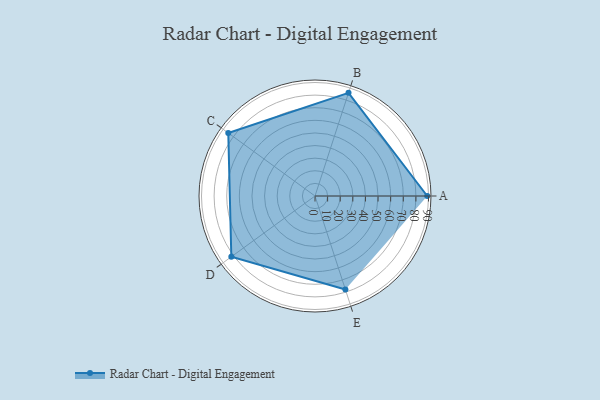
{"axis": {"x": "Skill", "y": "Score"}, "legend": ["Profile"], "data": [{"x": "A", "y": 89.0, "type": "Profile"}, {"x": "B", "y": 86.0, "type": "Profile"}, {"x": "C", "y": 85.0, "type": "Profile"}, {"x": "D", "y": 82.0, "type": "Profile"}, {"x": "E", "y": 78.0, "type": "Profile"}]}